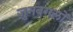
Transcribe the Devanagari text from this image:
जुनबगलों